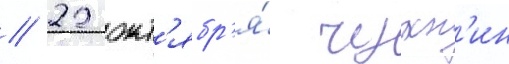
// 22 окт'ябр'я́ чухн'ин